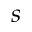
s